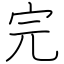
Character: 完